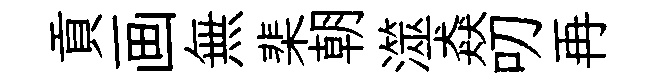
貢画無棐朝澨猋叨再